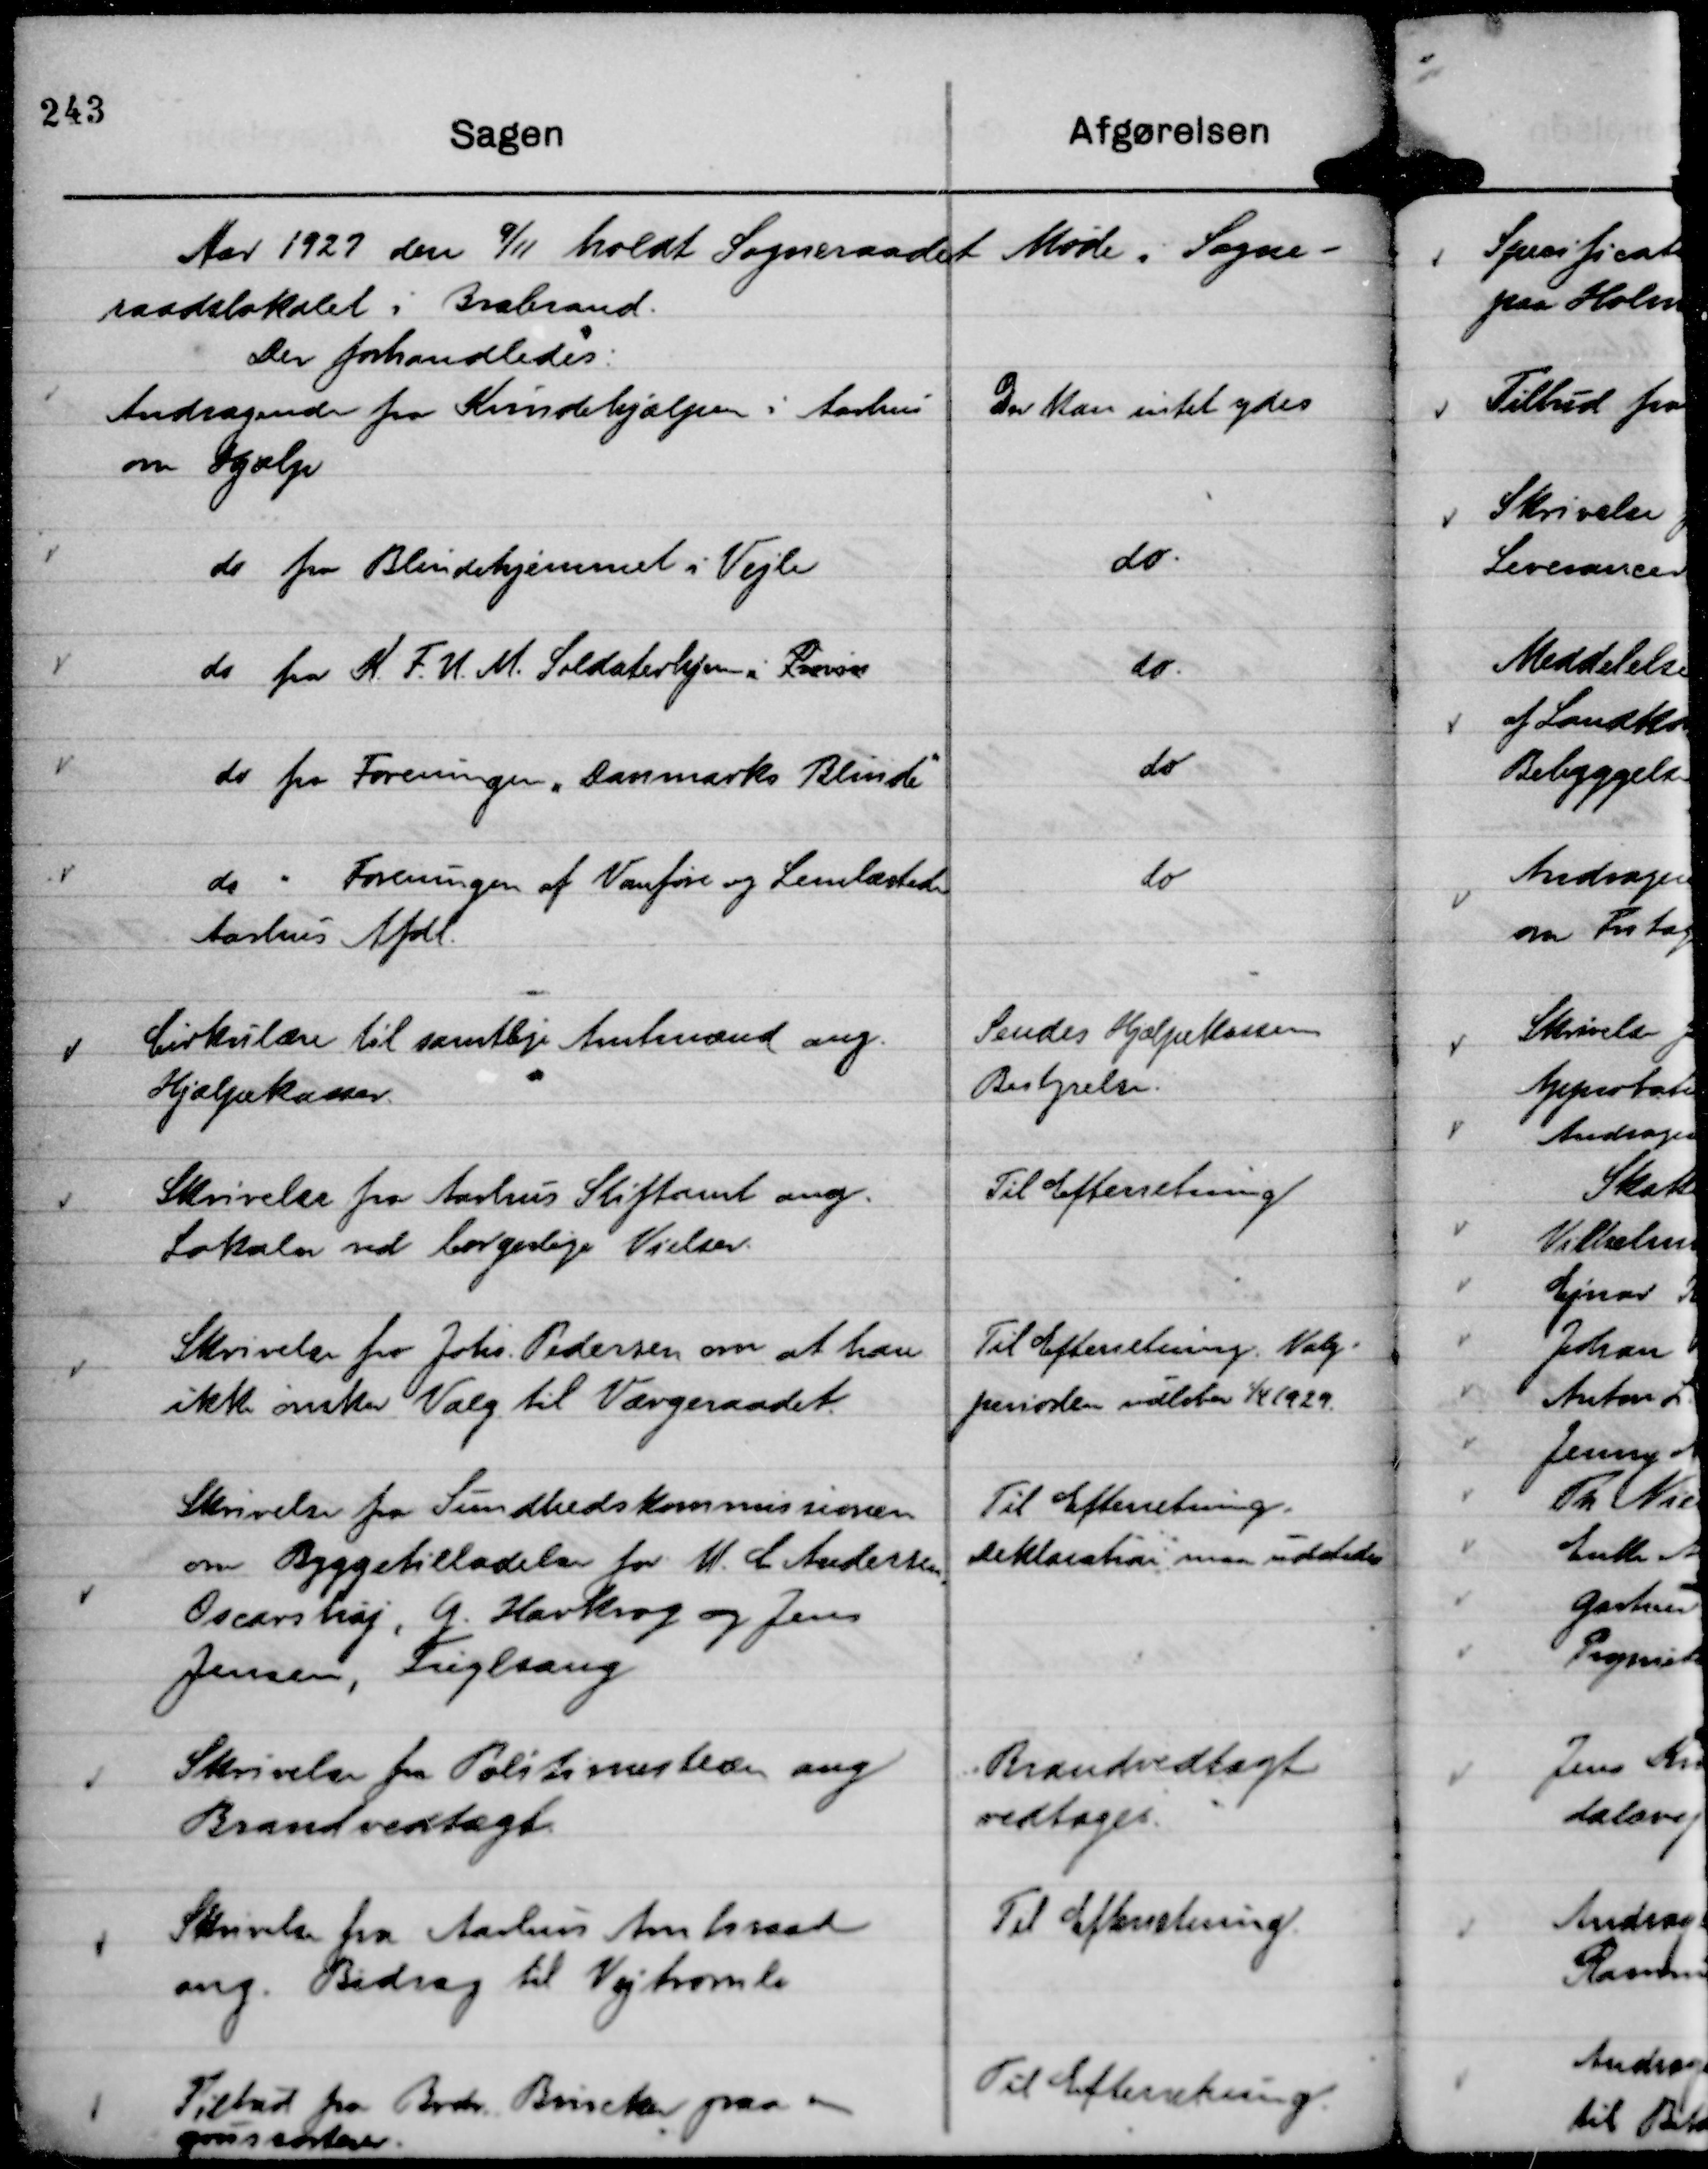
Transskription:
Aar 1927 den

9/11 holdt Sogneraadet Møde i Sogne-
raadslokalet i Brabrand.
Der forhandledes:

Andragende fra Kvindehjælpen i Aarhus
om Hjælp

Der kan intet ydes

do fra Blindehjemmet i Vejle

do.

do fra K. F. U. M. Soldaterhjem i

do.

do fra Foreningen "Danmarks Blinde"

do

do " Foreningen af Vanføre og Lemlæstede
Aarhus Afdl.

do

Cirkulære til samtlige Amtmænd ang.
Hjælpekasser.

Sendes Hjælpekassens
Bestyrelse.

Skrivelse fra Aarhus Stiftamt ang.
Lokaler ved borgerlige Vielser.

Til Efterretning

Skrivelse fra Johs. Pedersen om at han
ikke ønsker Valg til Værgeraadet.

Til Efterretning. Valg-
perioden udløber

1/4 1929.

Skrivelse fra Sundhedskommissionen
om Byggetilladelse for M. C Andersen
Oscarshøj, G. Havkrog og Jens
Jensen, Fuglsang

Til Efterretning.
Deklaration maa udstedes

Skrivelse fra Politimesteren ang
Brandvedtægt.

Brandvedtægt
vedtages.

Skrivelse fra Aarhus Amtsraad
ang. Bidrag til Vejtromle

Til Efterretning.

Tilbud fra Brdr. Brinck paa en
grussorterer.

Til Efterretning.